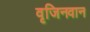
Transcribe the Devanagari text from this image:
वृजिनवान